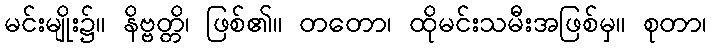
မင်းမျိုး၌။ နိဗ္ဗတ္တိ၊ ဖြစ်၏။ တတော၊ ထိုမင်းသမီးအဖြစ်မှ။ စုတာ၊